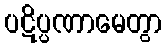
ပဋိပ္ပဏာမေတွာ